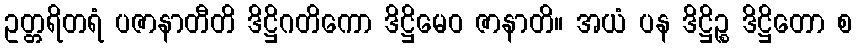
ဥတ္တရိတရံ ပဇာနာတီတိ ဒိဋ္ဌိဂတိကော ဒိဋ္ဌိမေဝ ဇာနာတိ။ အယံ ပန ဒိဋ္ဌိဉ္စ ဒိဋ္ဌိတော စ